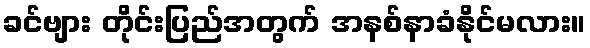
ခင်ဗျား တိုင်းပြည်အတွက် အနစ်နာခံနိုင်မလား။